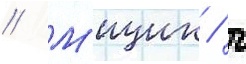
// М'ицик / г